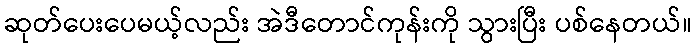
ဆုတ်ပေးပေမယ့်လည်း အဲဒီတောင်ကုန်းကို သွားပြီး ပစ်နေတယ်။